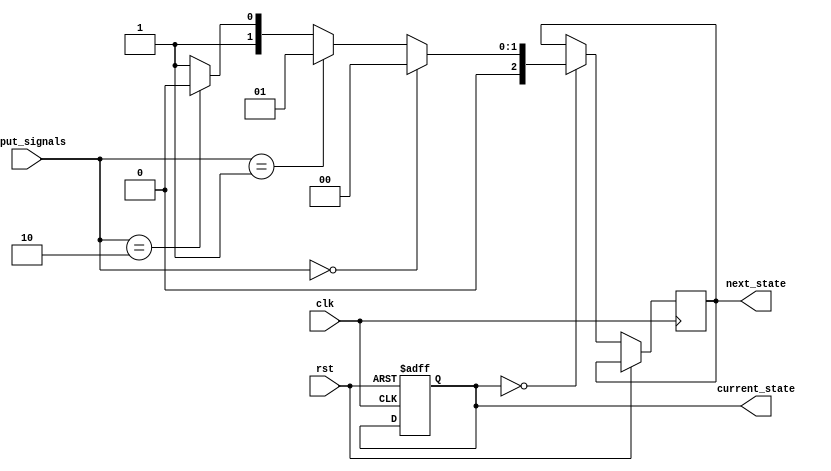
module state_machine_with_priority_encoding (
    input clk,    // Clock input
    input rst,    // Reset input
    input [3:0] input_signals, // Input signals
    output reg [2:0] current_state, // Current state register
    output reg [2:0] next_state // Next state register
);

// State definitions
parameter STATE_IDLE = 3'b000;
parameter STATE_A = 3'b001;
parameter STATE_B = 3'b010;
parameter STATE_C = 3'b011;

// State machine with priority encoding logic
always @(posedge clk or posedge rst) begin
    if (rst) begin
        current_state <= STATE_IDLE;
    end else begin
        case (current_state)
            STATE_IDLE: begin
                if (input_signals == 4'b0000) begin
                    next_state <= STATE_IDLE;
                end else if (input_signals == 4'b0001) begin
                    next_state <= STATE_A;
                end else if (input_signals == 4'b0010) begin
                    next_state <= STATE_B;
                end else begin
                    next_state <= STATE_C;
                end
            end
            STATE_A: begin
                // Define state transition conditions and outputs
            end
            STATE_B: begin
                // Define state transition conditions and outputs
            end
            STATE_C: begin
                // Define state transition conditions and outputs
            end
        endcase
    end
end

// Output generation logic
always @* begin
    case (current_state)
        STATE_IDLE: begin
            // Define output logic for STATE_IDLE
        end
        STATE_A: begin
            // Define output logic for STATE_A
        end
        STATE_B: begin
            // Define output logic for STATE_B
        end
        STATE_C: begin
            // Define output logic for STATE_C
        end
    endcase
end

endmodule